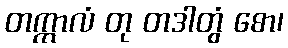
တက္ကာလံ တု တဒါတွံ စော၊